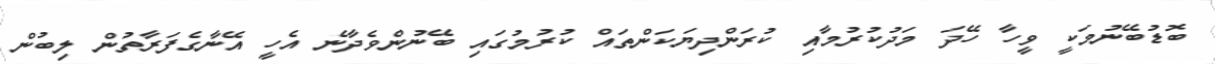
ބޮޑުބޭނުމަކީ ވީހާ ހޭދަ މަދުކުރުމާއި ކުރަންދިޔަކަންތައް ކުރުމުގައި ބޭނުންވެދާނެ އެހީ އޭނާގެފަރާތުން ލިބުން